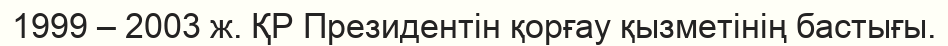
1999 – 2003 ж. ҚР Президентін қорғау қызметінің бастығы.